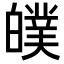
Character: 𤾣